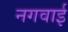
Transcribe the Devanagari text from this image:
नगवाई